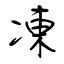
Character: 凍